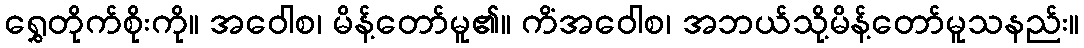
ရွှေတိုက်စိုးကို။ အဝေါစ၊ မိန့်တော်မူ၏။ ကိံအဝေါစ၊ အဘယ်သို့မိန့်တော်မူသနည်း။